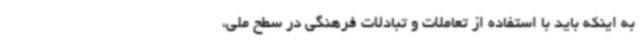
به اینکه باید با استفاده از تعاملات و تبادلات فرهنگی در سطح ملی،